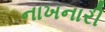
નાખનારી